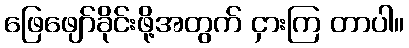
ဖြေဖျော်ခိုင်းဖို့အတွက် ငှားကြ တာပါ။